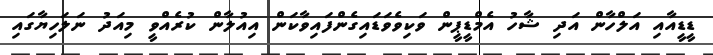
ޑީޑީއާއި އަލްހާން އަދި ޝާހު އެމްޑީޕީން ވަކިވެވަޑައިގެންފައިވާކަން އިއުލާން ކުރެއްވީ މިއަދު ނަލަހިޔާގައި